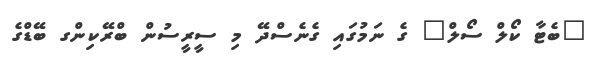
"ބެޓާ ކޯލް ސޯލް" ގެ ނަމުގައި ގެނެސްދޭ މި ސީރީސުން ބްރޭކިންގ ބޭޑްގެ